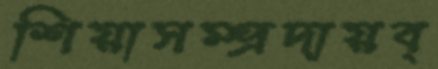
শিয়াসম্প্রদায়ব্